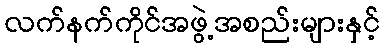
လက်နက်ကိုင်အဖွဲ့အစည်းများနှင့်